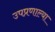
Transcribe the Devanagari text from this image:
उपप्रणाल्या